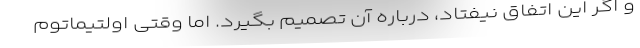
و اگر این اتفاق نیفتاد، درباره آن تصمیم بگیرد. اما وقتی اولتیماتوم